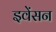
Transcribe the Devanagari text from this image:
इवेंसन